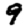
Digit: 9